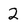
Character: 2